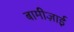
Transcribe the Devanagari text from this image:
बामीज़ाई